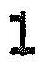
1